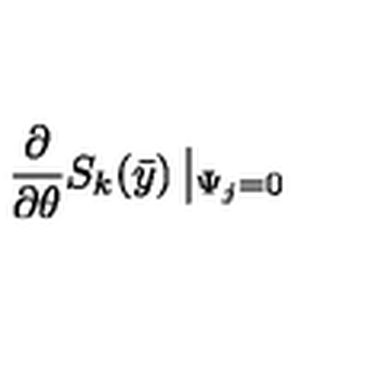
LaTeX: \frac { \partial } { \partial \theta } S _ { k } ( \bar { y } ) \left| _ { \Psi _ { j } = 0 } \right.